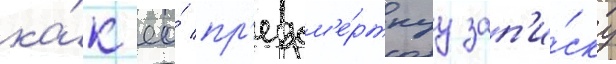
ка́к ео́ пр'едсм'е́ртнуу зап'и́ску